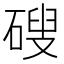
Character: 𥕋